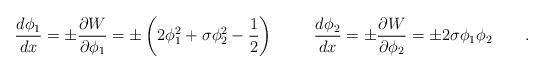
LaTeX: \begin{align*}\frac{d \phi_1}{dx}=\pm\frac{\partial W}{\partial \phi_1}=\pm\left( 2 \phi_1^2+ \sigma \phi_2^2-\frac{1}{2}\right) \hspace{1cm}\frac{d \phi_2}{dx}=\pm\frac{\partial W}{\partial \phi_2}=\pm 2\sigma \phi_1 \phi_2 \qquad . \end{align*}